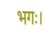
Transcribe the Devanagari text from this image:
भगः।